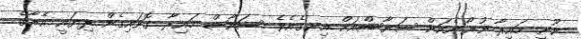
ނޫނީ މައިރާ ނުރޯނެކަން ސަނާޝްއަށް އިނގެއެވެ. ސަނާޝް މައިރާ ގޮވައިގެން ދިޔައީ އޭނާގެ